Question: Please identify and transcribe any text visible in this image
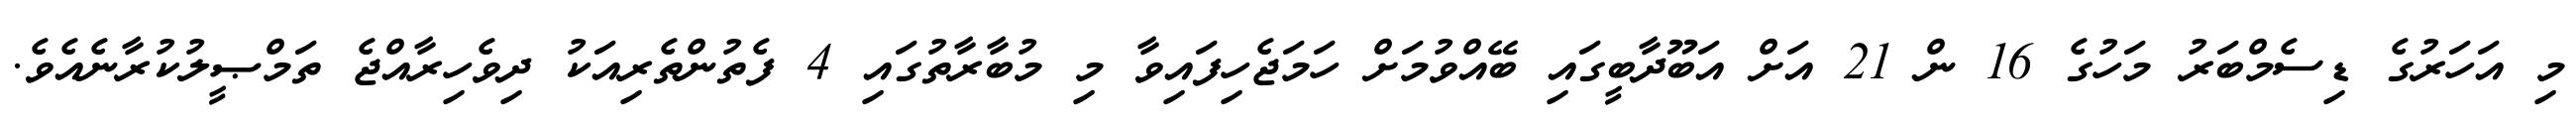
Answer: މި އަހަރުގެ ޑިސެމްބަރު މަހުގެ 16 ން 21 އަށް އަބޫދާބީގައި ބޭއްވުމަށް ހަމަޖެހިފައިވާ މި މުބާރާތުގައި 4 ފެތުންތެރިއަކު ދިވެހިރާއްޖެ ތަމްޞީލުކުރާނެއެވެ.